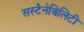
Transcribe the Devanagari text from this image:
सस्टैनेबिलिटी